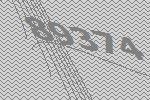
89374